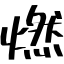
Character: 燃